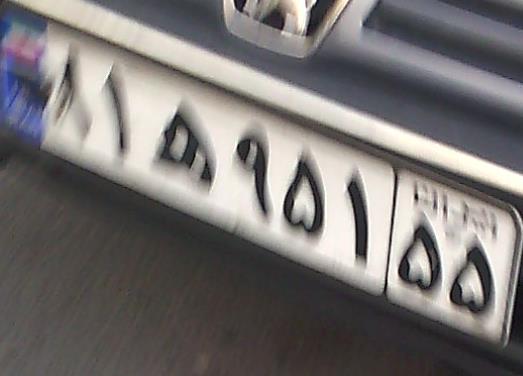
۸۱ه۹۵۱۵۵